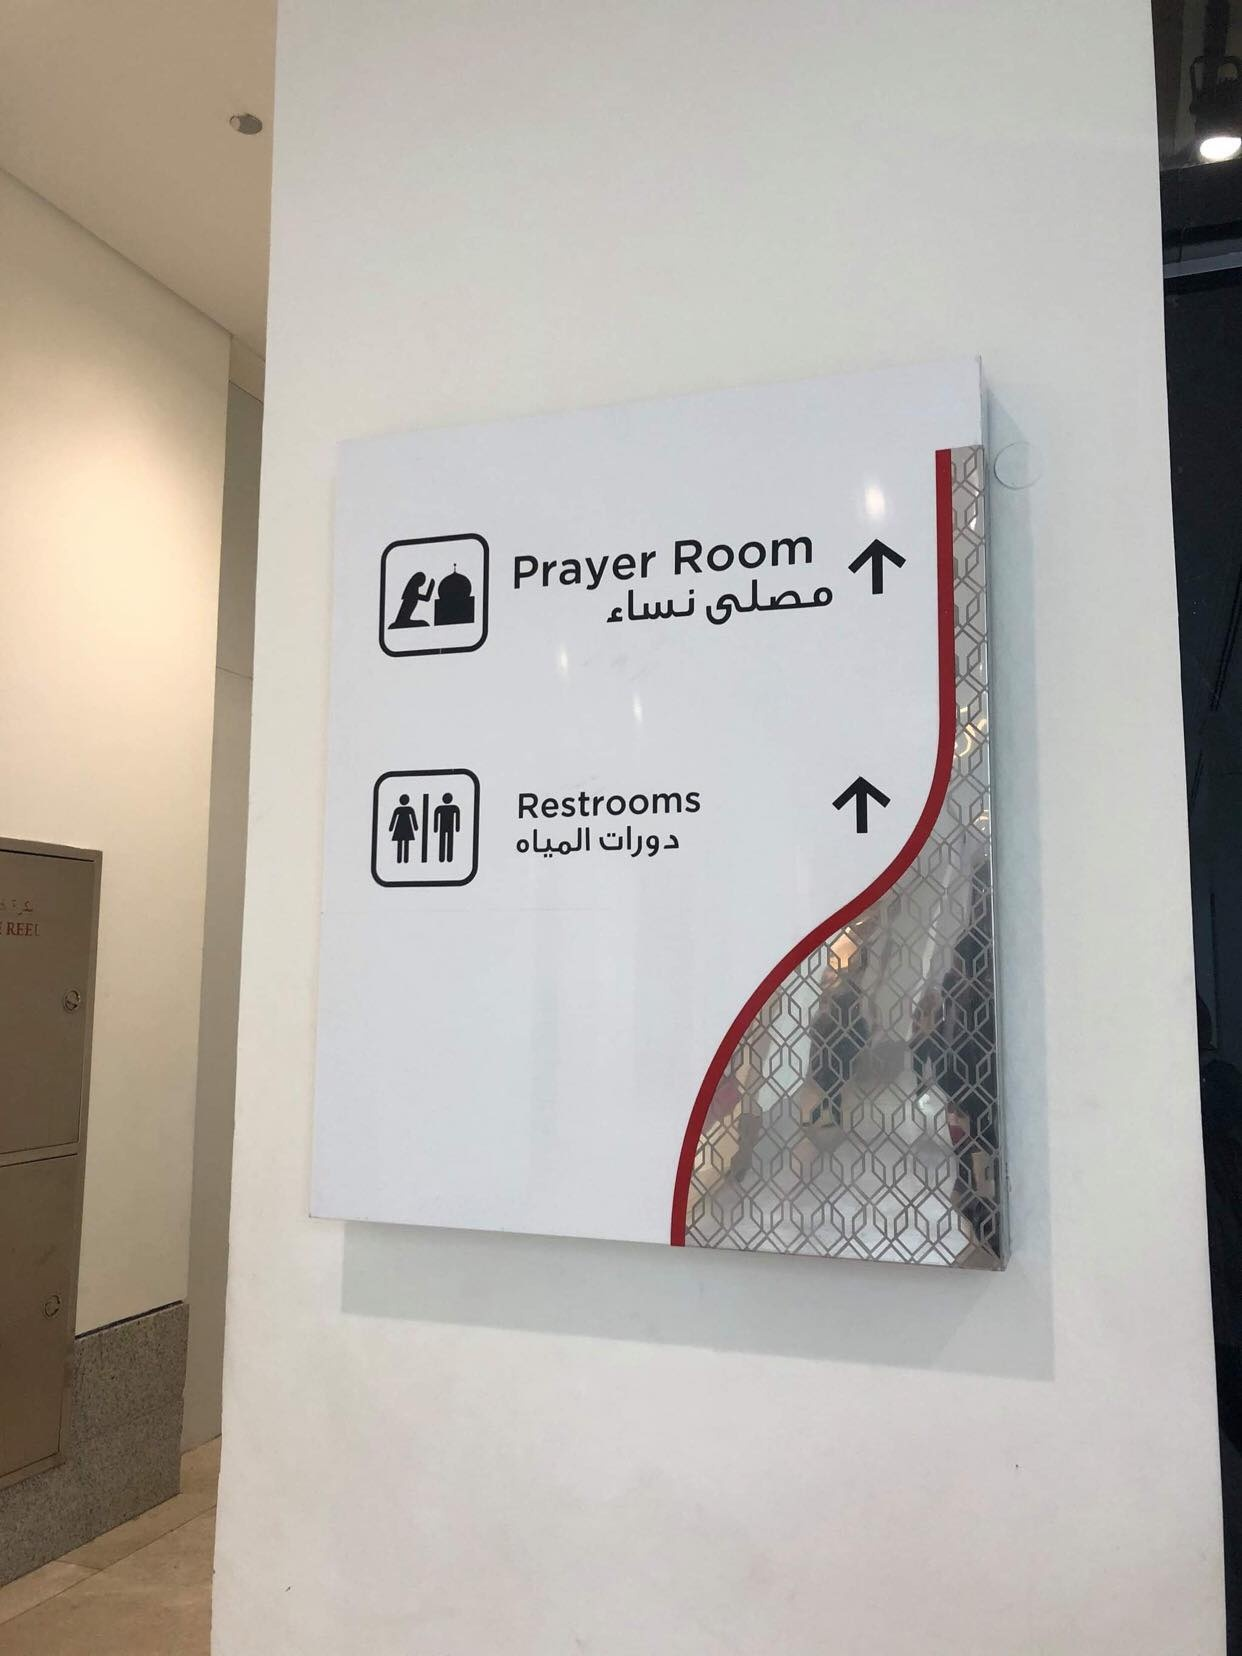
Text in image: مصلى نساء دورات المياه Room Prayer Restrooms REEL